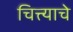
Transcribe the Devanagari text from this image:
चित्त्याचे